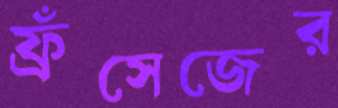
ফ্রঁসেজের